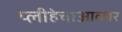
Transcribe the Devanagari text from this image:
प्लीहेचाआकार